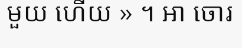
មួយ ហើយ » ។ អា ចោរ